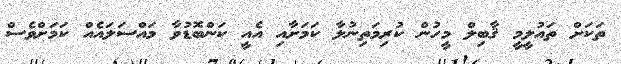
ތަކަށް ތައުލީމީ ޤާބިލް މީހުން ކުރިމަތިނުލާ ކަމަށާއި އެއީ ކަންބޮޑުވާ މައްސަލައެއް ކަމަށްވެސް